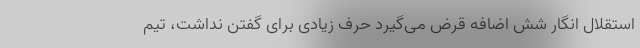
استقلال انگار شُش اضافه قرض می‌گیرد حرف زیادی برای گفتن نداشت، تیم